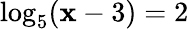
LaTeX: \log_{5}(\mathbf{x}-3)=2